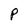
Character: P